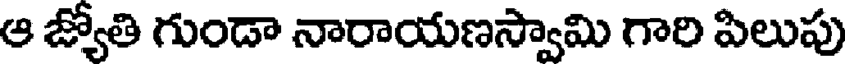
ఆ జ్యోతి గుండా నారాయణస్వామి గారి పిలుపు